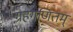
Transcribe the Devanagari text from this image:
ग्रहगणितम्